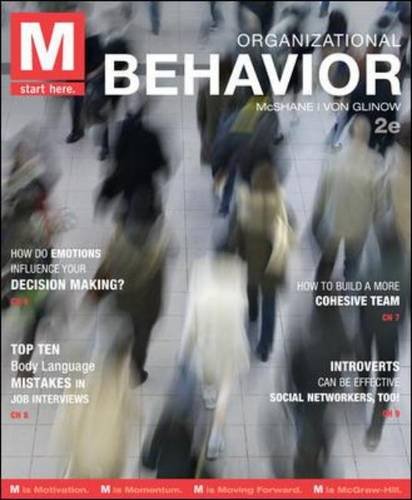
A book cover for M: Organizational Behavior; Steven McShane; Business & Money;